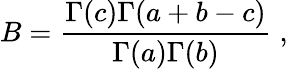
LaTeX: B=\frac{\Gamma(c)\Gamma(a+b-c)}{\Gamma(a)\Gamma(b)}\; ,